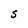
Character: S